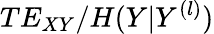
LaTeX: TE_{XY}/H(Y|Y^{(l)})